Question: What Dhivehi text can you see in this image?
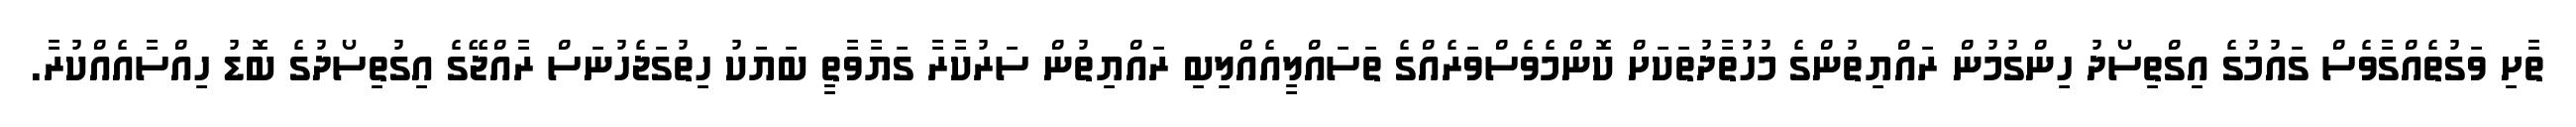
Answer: ތާށި ވަގުތެއްގާވެސް ގައުމުގެ އިގްތިސޯދު ހިންގުމުން ރައްޔިތުންގެ މުހުތާދުތަކަށް ކޮންމެވެސްވަރެއްގެ ތަސައްލީއެއްލިބި ރައްޔިތުން ސަރުކާރާ ގަޔާވާތީ ބަޔަކު ހިތުގަޖެހުނަސް ރާއްޖޭގެ އިގުތިސޯދުގެ ބޮޑު ހިއްސާއެއްކުރާ.